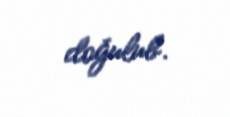
doğulub.